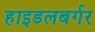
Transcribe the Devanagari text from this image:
हाइडलबर्गर